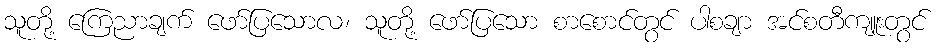
သူတို့ ကြေညာချက် ဖော်ပြသောလ၊ သူတို့ ဖော်ပြသော စာစောင်တွင် ပါစချာ အင်စတီကျူးတွင်